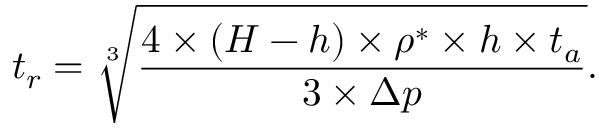
t _ { r } = \sqrt [ 3 ] { \frac { 4 \times ( H - h ) \times \rho ^ { * } \times h \times t _ { a } } { 3 \times \Delta p } } .